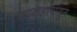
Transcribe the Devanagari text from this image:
माकडांपासुन